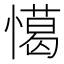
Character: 𢢖